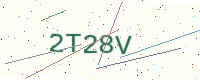
Text: 2T28V